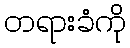
တရားခံကို